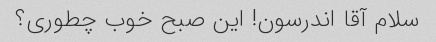
سلام آقا اندرسون! این صبح خوب چطوری؟